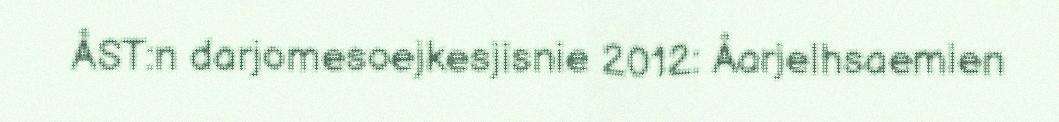
ÅST:n darjomesoejkesjisnie 2012: Åarjelhsaemien